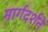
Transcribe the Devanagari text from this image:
मार्गदर्शने